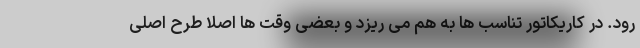
رود. در کاریکاتور تناسب ها به هم می ریزد و بعضی وقت ها اصلا طرح اصلی